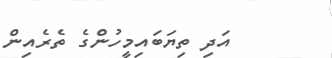
އަދި ތިޔަބައިމީހުންގެ ތެރެއިން